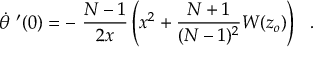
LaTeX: \dot { \theta } \ ^ { \prime } ( 0 ) = - \ \frac { N - 1 } { 2 x } \left( x ^ { 2 } + \frac { N + 1 } { ( N - 1 ) ^ { 2 } } W ( z _ { o } ) \right) \ \ .